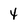
Character: 4